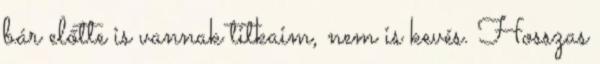
bár előtte is vannak titkaim, nem is kevés. Hosszas